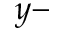
y -